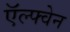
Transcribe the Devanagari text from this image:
ऍल्फ्वेन